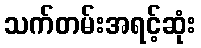
သက်တမ်းအရင့်ဆုံး